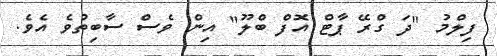
ފިލްމު "ދަ ގްރޭ ޕާޓް އޮފް ބްލޫ" އިން ވެސް ސާބިތުވެ އެވެ.